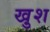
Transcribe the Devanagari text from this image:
खु़श